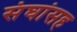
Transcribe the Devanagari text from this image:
संघांसह